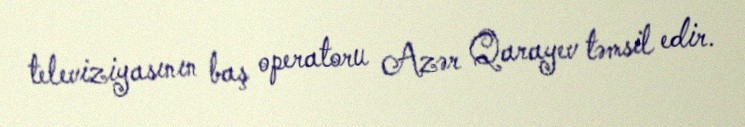
televiziyasının baş operatoru Azər Qarayev təmsil edir.